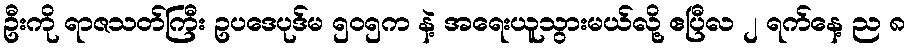
ဦးကို ရာဇသတ်ကြီး ဥပဒေပုဒ်မ ၅၀၅က နဲ့ အရေးယူသွားမယ်လို့ ဧပြီလ ၂ ရက်နေ့ ည ၈